Annual administration report of the Civil Veterinary Department of India - 1899-1900
Year: 1899
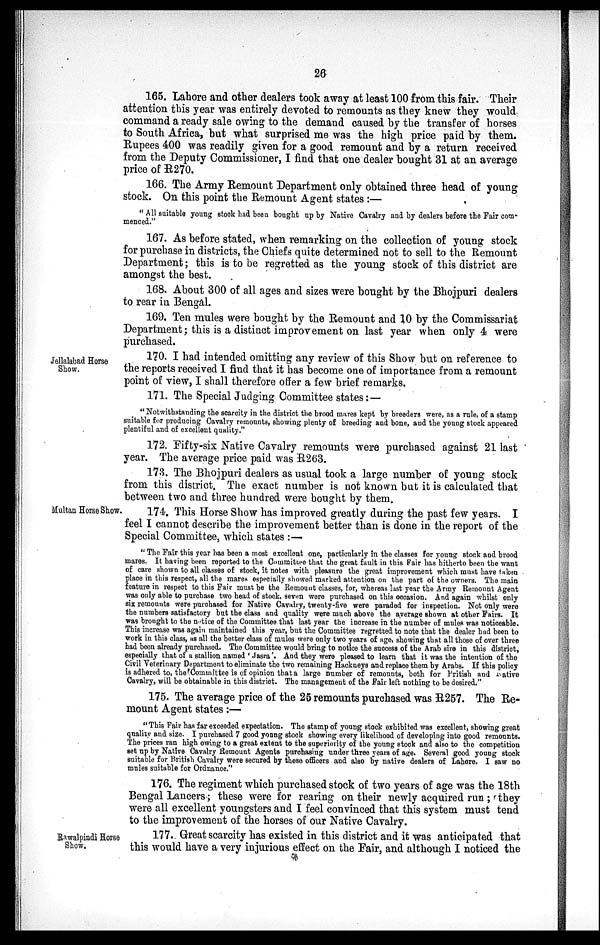
26
165. Lahore and other dealers took away at least 100 from this fair. Their
attention this year was entirely devoted to remounts as they knew they would
command a ready sale owing to the demand caused by the transfer of horses
to South Africa, but what surprised me was the high price paid by them.
Rupees 400 was readily given for a good remount and by a return received
from the Deputy Commissioner, I find that one dealer bought 31 at an average
price of R270.
166. The Army Remount Department only obtained three head of young
stock. On this point the Remount Agent states:—
"All suitable young stock had been bought up by Native Cavalry and by dealers before the Fair com-
menced."
167. As before stated, when remarking on the collection of young stock
for purchase in districts, the Chiefs quite determined not to sell to the Remount
Department; this is to be regretted as the young stock of this district are
amongst the best.
168. About 300 of all ages and sizes were bought by the Bhojpuri dealers
to rear in Bengal.
169. Ten mules were bought by the Remount and 10 by the Commissariat
Department; this is a distinct improvement on last year when only 4 were
purchased.
Jellalabad Horse
Show,
170. I had intended omitting any review of this Show but on reference to
the reports received I find that it has become one of importance from a remount
point of view, I shall therefore offer a few brief remarks.
171. The Special Judging Committee states:—
"Notwithstanding the scarcity in the district the brood mares kept by breeders were, as a rule, of a stamp
suitable for producing Cavalry remounts, showing plenty of breeding and bone, and the young stock appeared
plentiful and of excellent quality."
172. Fifty-six Native Cavalry remounts were purchased against 21 last
year. The average price paid was R263.
173. The Bhojpuri dealers as usual took a large number of young stock
from this district. The exact number is not known but it is calculated that
between two and three hundred were bought by them.
Multan Horse Show.
174. This Horse Show has improved greatly during the past few years. I
feel I cannot describe the improvement better than is done in the report of the
Special Committee, which states:—
"The Fair this year has been a most excellent one, particularly in the classes for young stock and brood
mares. It having been reported to the Committee that the great fault in this Fair has hitherto been the want
of care shown to all classes of stock, it notes with pleasure the great improvement which must have taken
place in this respect, all the mares especially showed marked attention. on the part of the owners. The main
feature in respect to this Fair must be the Remount classes, for, whereas last year the Army Remount Agent
was only able to purchase two head of stock, seven were purchased on this occasion. And again whilst only
six remounts were purchased for Native Cavalry, twenty-five were paraded for inspection. Not only were
the numbers satisfactory but the class and quality were much above the average shown at other Fairs. It
was brought to the notice of the Committee that last year the increase in the number of mules was noticeable.
This increase was again maintained this year, but the Committee regretted to note that the dealer had been to
work in this class, as all the better class of mules were only two years of age, showing that all those of over three
had been already purchased. The Committee would bring to notice the success of the Arab sire in this district,
especially that of a stallion named 'Jasra'. And they were pleased to learn that it was the intention of the
Civil Veterinary Department to eliminate the two remaining Hackneys and replace them by Arabs. If this policy
is adhered to, the Committee is of opinion that a large number of remounts, both for Pritish and native
Cavalry, will be obtainable in this district. The management of the Fair left nothing to be desired."
175. The average price of the 25 remounts purchased was R257. The Re-
mount Agent states:—
"This Fair has far exceeded expectation. The stamp of young stock exhibited was excellent, showing great
quality and size. I purchased 7 good young stock showing every likelihood of developing into good remounts.
The prices ran high owing to a great extent to the superiority of the young stock and also to the competition
set up by Native Cavalry Remount Agents purchasing under three years of age. Several good young stock
suitable for British Cavalry were secured by these officers and also by native dealers of Lahore. I saw no
mules suitable for Ordnance."
176. The regiment which purchased stock of two years of age was the 18th
Bengal Lancers; these were for rearing on their newly acquired run; they
were all excellent youngsters and I feel convinced that this system must tend
to the improvement of the horses of our Native Cavalry.
Rawalpindi Horse
Show.
177. Great scarcity has existed in this district and it was anticipated that
this would have a very injurious effect on the Fair, and although I noticed the